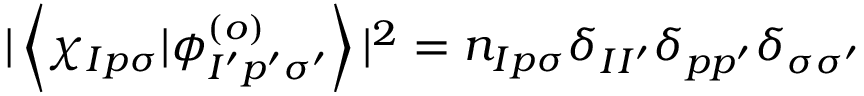
| \left< \chi _ { I p \sigma } | \phi _ { I ^ { \prime } p ^ { \prime } \sigma ^ { \prime } } ^ { ( o ) } \right> | ^ { 2 } = n _ { I p \sigma } \delta _ { I I ^ { \prime } } \delta _ { p p ^ { \prime } } \delta _ { \sigma \sigma ^ { \prime } }